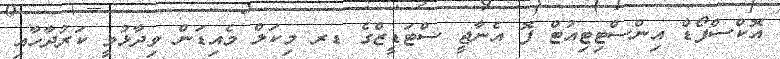
އޮކްސްފޯޑް އިންސްޓިޓިއުޓް ފޮ އެނާޖީ ސްޓަޑީޒްގެ ޑރ މިކަލް މެއިޑަން ވިދާޅުވީ ކަރުދާހާއި